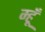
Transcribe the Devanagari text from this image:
म्हूँ